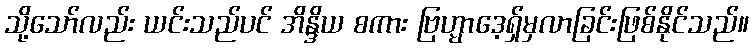
သို့သော်လည်း ယင်းသည်ပင် အိန္ဒိယ စကား ဗြဟ္မာဒေ့ရှ်မှလာခြင်းဖြစ်နိုင်သည်။